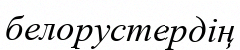
белорустердің